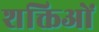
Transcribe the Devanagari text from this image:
शक्तिओं